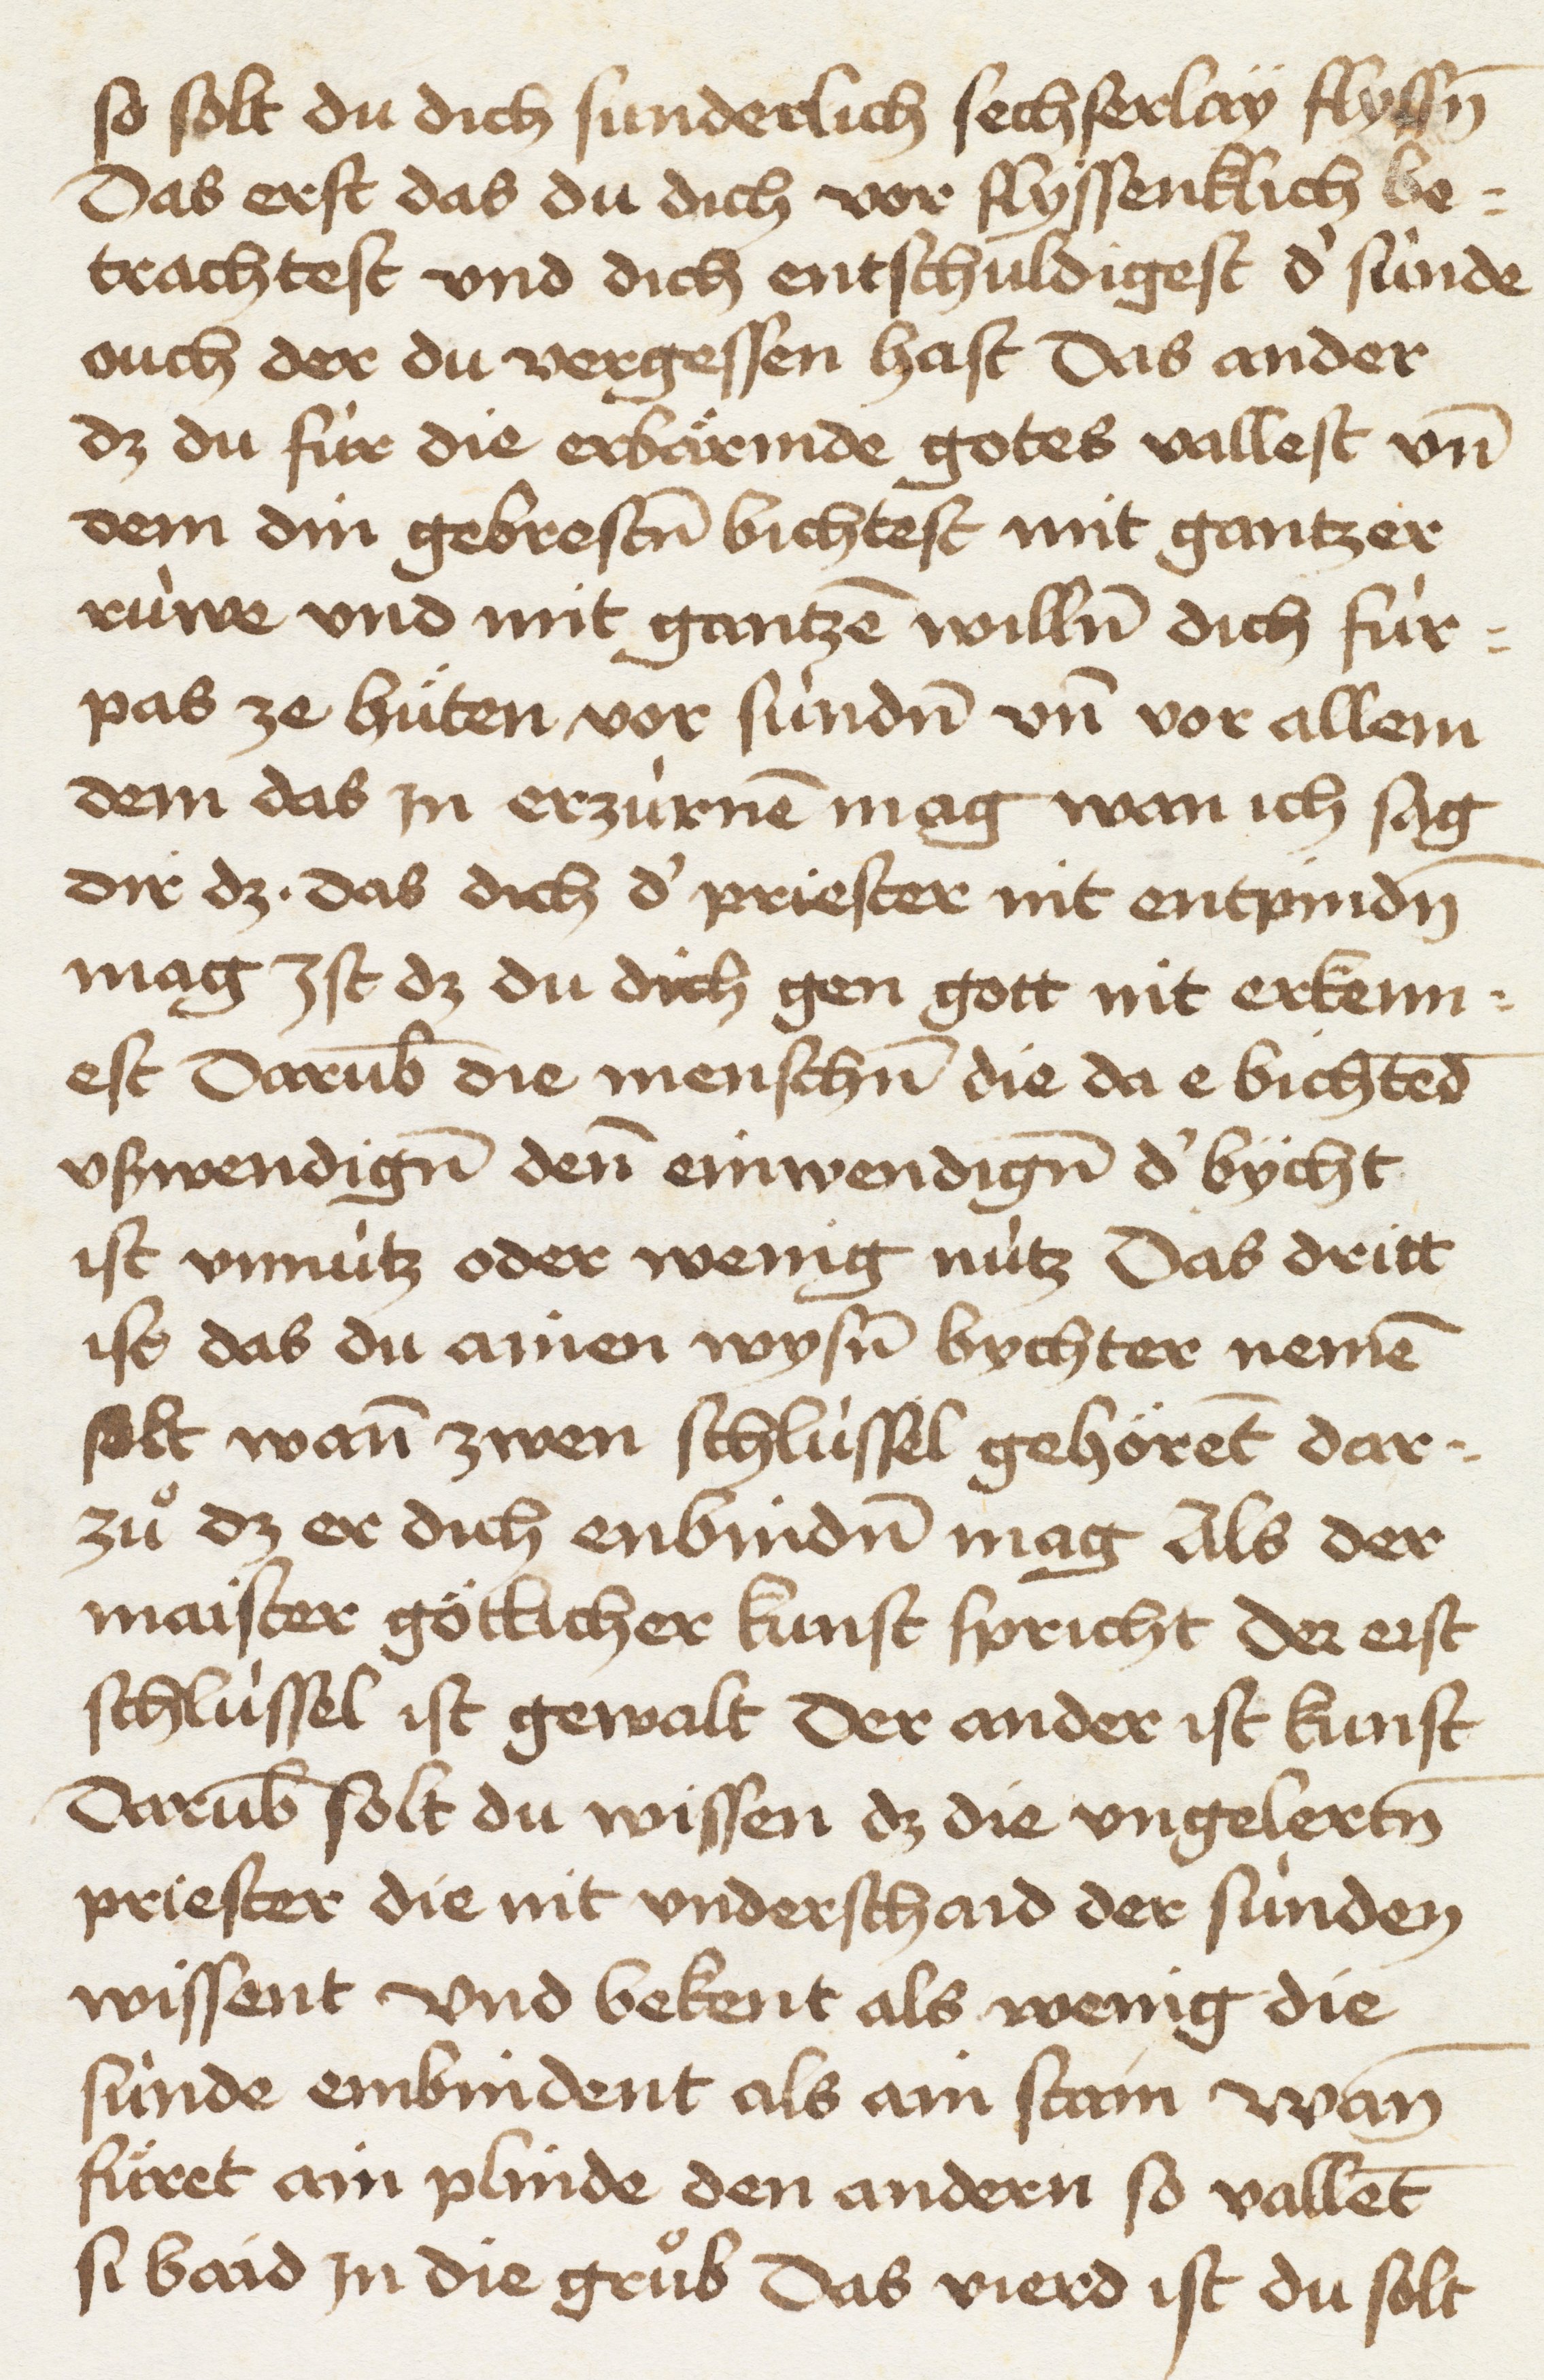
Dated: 1465–1467